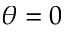
\theta = 0